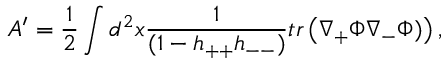
A ^ { \prime } = \frac { 1 } { 2 } \int d ^ { 2 } x \frac { 1 } { ( 1 - h _ { + + } h _ { -- } ) } t r \left( \nabla _ { + } \Phi \nabla _ { - } \Phi ) \right) ,